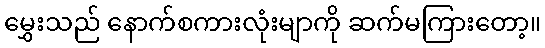
မွှေးသည် နောက်စကားလုံးမျာကို ဆက်မကြားတော့။